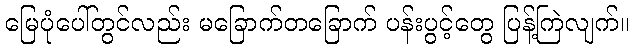
မြေပုံပေါ်တွင်လည်း မခြောက်တခြောက် ပန်းပွင့်တွေ ပြန့်ကြဲလျက်။